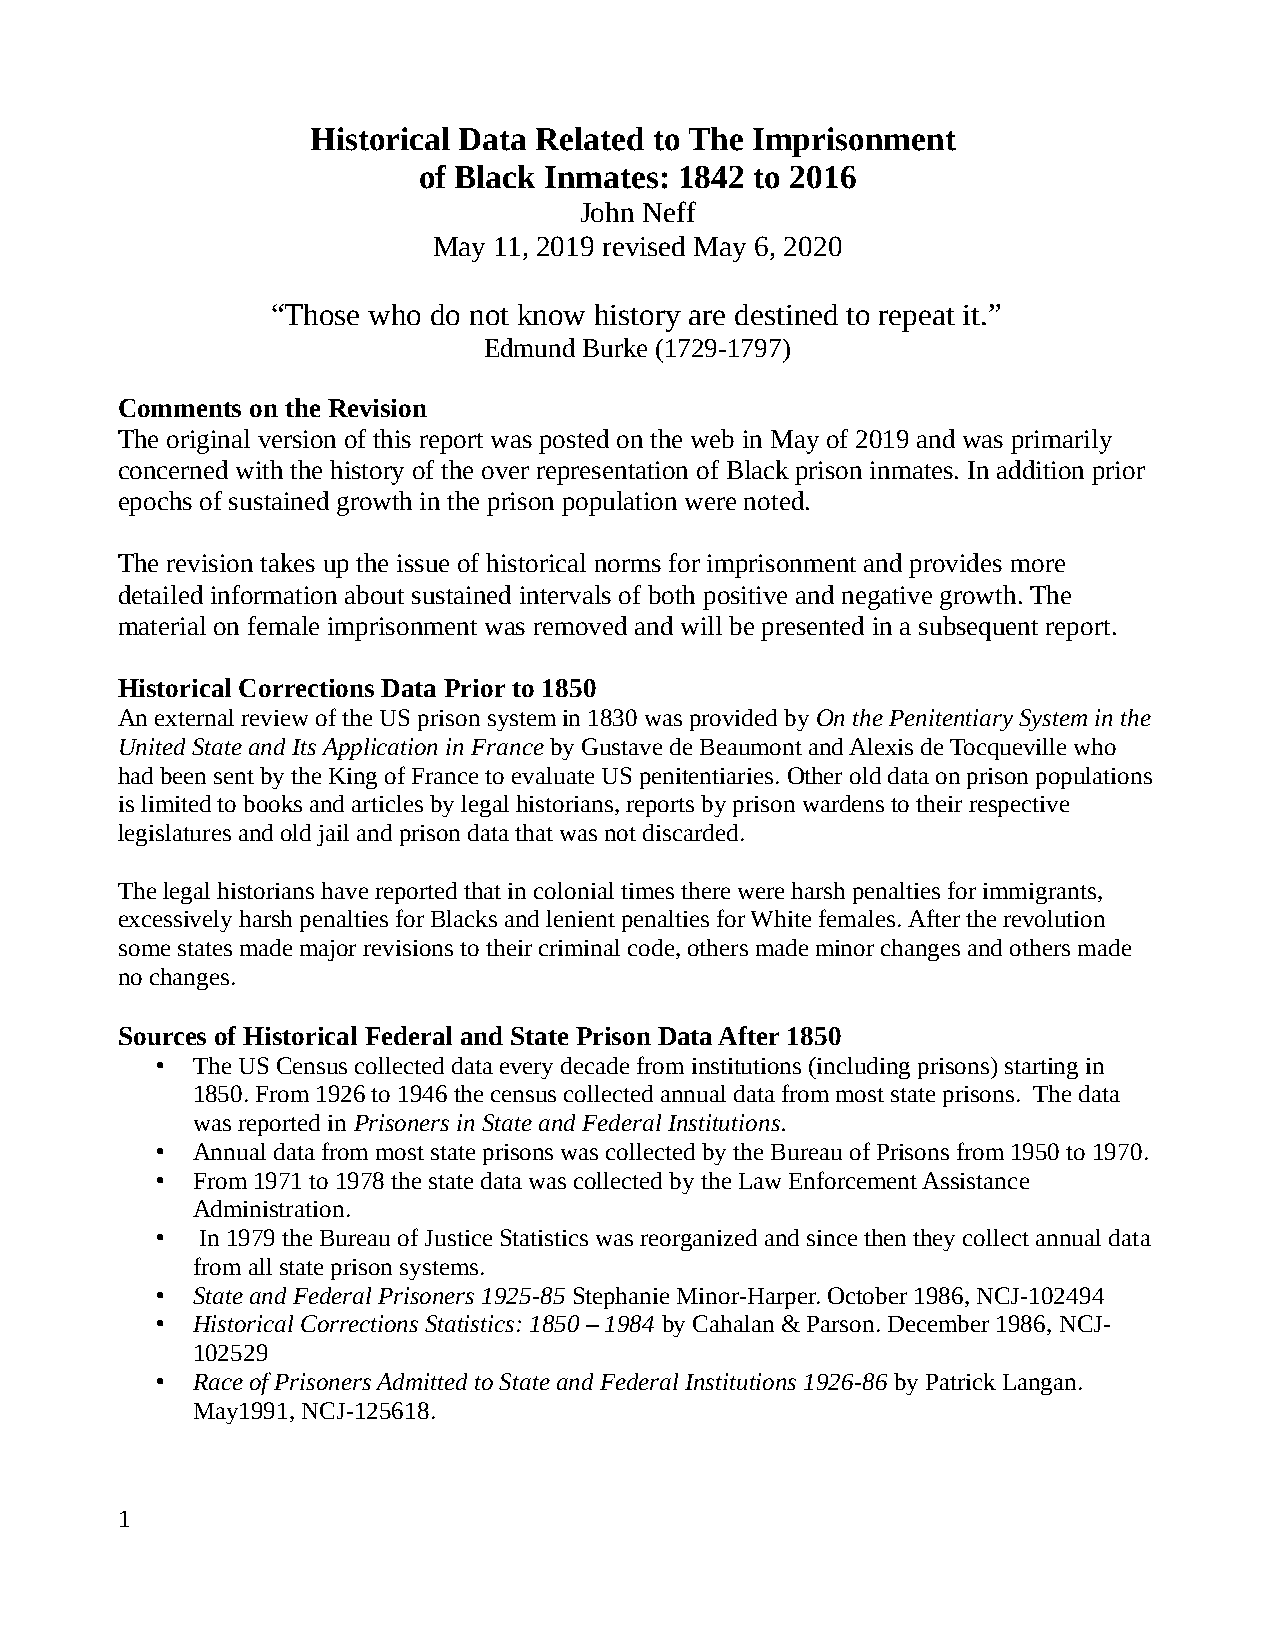
Historical Data Related to The Imprisonment
 of Black Inmates: 1842 to 2016
 John Neff
 May 11, 2019 revised May 6, 2020
 “Those who do not know history are destined to repeat it.”
 Edmund Burke (1729-1797)
 Comments on the Revision
 The original version of this report was posted on the web in May of 2019 and was primarily
 concerned with the history of the over representation of Black prison inmates. In addition prior
 epochs of sustained growth in the prison population were noted.
 The revision takes up the issue of historical norms for imprisonment and provides more
 detailed information about sustained intervals of both positive and negative growth. The
 material on female imprisonment was removed and will be presented in a subsequent report.
 Historical Corrections Data Prior to 1850
 An external review of the US prison system in 1830 was provided by On the Penitentiary System in the
 United State and Its Application in France by Gustave de Beaumont and Alexis de Tocqueville who
 had been sent by the King of France to evaluate US penitentiaries. Other old data on prison populations
 is limited to books and articles by legal historians, reports by prison wardens to their respective
 legislatures and old jail and prison data that was not discarded.
 The legal historians have reported that in colonial times there were harsh penalties for immigrants,
 excessively harsh penalties for Blacks and lenient penalties for White females. After the revolution
 some states made major revisions to their criminal code, others made minor changes and others made
 no changes.
 Sources of Historical Federal and State Prison Data After 1850
 •  The US Census collected data every decade from institutions (including prisons) starting in
 1850. From 1926 to 1946 the census collected annual data from most state prisons. The data
 was reported in Prisoners in State and Federal Institutions.
 •  Annual data from most state prisons was collected by the Bureau of Prisons from 1950 to 1970.
 •  From 1971 to 1978 the state data was collected by the Law Enforcement Assistance
 Administration.
 •  In 1979 the Bureau of Justice Statistics was reorganized and since then they collect annual data
 from all state prison systems.
 •  State and Federal Prisoners 1925-85 Stephanie Minor-Harper. October 1986, NCJ-102494
 •  Historical Corrections Statistics: 1850 – 1984 by Cahalan & Parson. December 1986, NCJ-
 102529
 •  Race of Prisoners Admitted to State and Federal Institutions 1926-86 by Patrick Langan.
 May1991, NCJ-125618.
 1